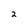
Character: 2